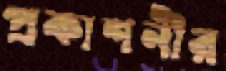
প্রকাশনীর